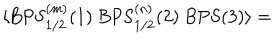
LaTeX: \langle \mathrm { B P S } _ { 1 / 2 } ^ { ( m ) } ( 1 ) \; \mathrm { B P S } _ { 1 / 2 } ^ { ( n ) } ( 2 ) \; \mathrm { B P S } ( 3 ) \rangle =